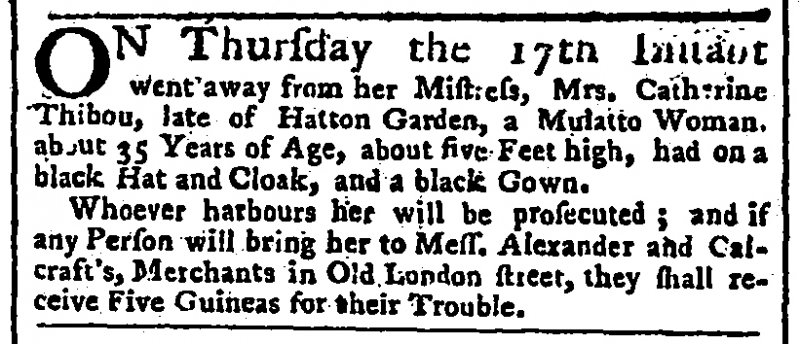
Public Advertiser, 23 December 1767 (England)
ON Thursday the 17th Instant went away from her Mistress, Mrs. Catherine Thibou, late of Hatton Garden, a Mulatto Woman, about 35 Years of Age, about five Feet high, had on a black Hat and Cloak, and a black Gown.  Whoever harbours her will be prosecuted; and if any Person will bring her to Mess. Alexander and Calcraft’s, Merchants in Old London street, they shall receive Five Guineas for their Trouble.